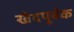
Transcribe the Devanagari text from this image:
खेदपूर्वक